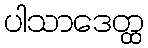
ပါသာဒေတ္ထ